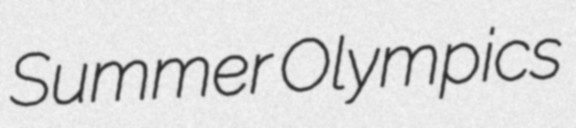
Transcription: Summer Olympics